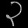
Digit: ၃